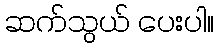
ဆက်သွယ် ပေးပါ။